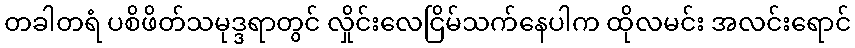
တခါတရံ ပစိဖိတ်သမုဒ္ဒရာတွင် လှိုင်းလေငြိမ်သက်နေပါက ထိုလမင်း အလင်းရောင်